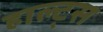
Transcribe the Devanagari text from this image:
हाल्ट्स